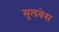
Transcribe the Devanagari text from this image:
मुलबेस